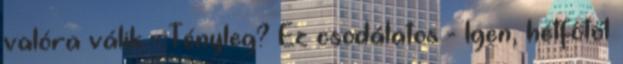
valóra válik - Tényleg? Ez csodálatos - Igen, hétfőtől